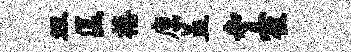
坦匡禧廪盖寺霍